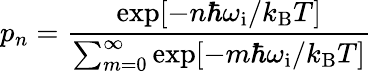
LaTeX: p_{n}=\frac{\exp[-n\hbar\omega_{\mathrm{i}}/k_{\mathrm{B}}T]}{\sum_{m=0}^{\infty}\exp[-m\hbar\omega_{\mathrm{i}}/k_{\mathrm{B}}T]}